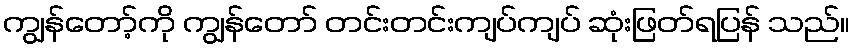
ကျွန်တော့်ကို ကျွန်တော် တင်းတင်းကျပ်ကျပ် ဆုံးဖြတ်ရပြန် သည်။